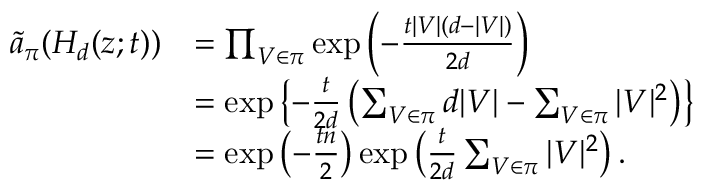
\begin{array} { r l } { \widetilde { a } _ { \pi } ( H _ { d } ( z ; t ) ) } & { = \prod _ { V \in \pi } \exp \left( - \frac { t | V | ( d - | V | ) } { 2 d } \right) } \\ & { = \exp \left\{ - \frac { t } { 2 d } \left( \sum _ { V \in \pi } d | V | - \sum _ { V \in \pi } | V | ^ { 2 } \right) \right\} } \\ & { = \exp \left( - \frac { t n } { 2 } \right) \exp \left( \frac { t } { 2 d } \sum _ { V \in \pi } | V | ^ { 2 } \right) . } \end{array}